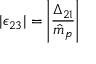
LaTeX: | \epsilon _ { 2 3 } | = \left| \frac { \Delta _ { 2 1 } } { \hat { m } _ { p } } \right|